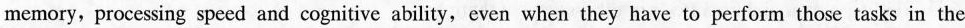
memory, processing speed and cognitive ability, even when they have to perform those tasks in the